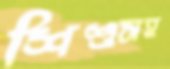
শিশুসহ